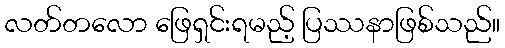
လတ်တလော ဖြေရှင်းရမည့် ပြဿနာဖြစ်သည်။